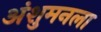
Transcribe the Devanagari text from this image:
अंशुमनला